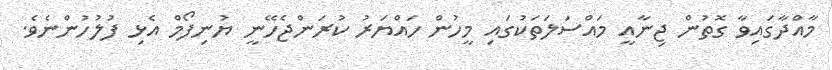
މާއްދާގައިވާ ގޮތުން ޖިނާއީ މައްސަލަަތަކުގައި މީހުން ހައްޔަރު ކުރަންޖެހޭނީ ޔުނިފޯމް އެޅި ފުލުހުންނެވެ.